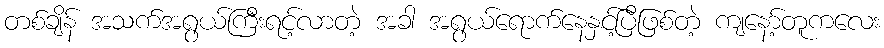
တစ်ချိန် အသက်အရွယ်ကြီးရင့်လာတဲ့ အခါ အရွယ်ရောက်နေနှင့်ပြီဖြစ်တဲ့ ကျနော့်တူကလေး